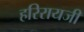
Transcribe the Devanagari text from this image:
हरिरायजी